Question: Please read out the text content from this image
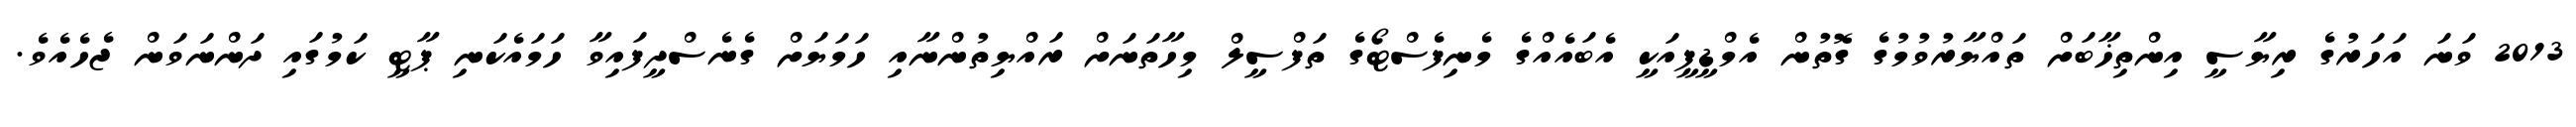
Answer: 2013 ވަނަ އަހަރުގެ ރިޔާސީ އިންތިޚާބަށް ތައްޔާރުވުމުގެ ގޮތުން އެމްޑީޕީއަކީ އެބައެއްގެ މެނިފެސްޓޯގެ ތަފްސީލް މިހާތަނަށް ރައްޔިތުންނާއި ހަމަޔަށް ގެނެސްދީފައިވާ ހަމައެކަނި ޕާޓީ ކަމުގައި ދަންނަވަން ޖެހެއެވެ.